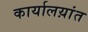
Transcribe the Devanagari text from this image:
कार्यालय़ांत